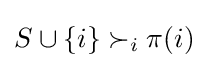
S\cup \{i\}\succ _{i}\pi (i)